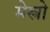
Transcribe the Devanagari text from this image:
मेस्त्रो